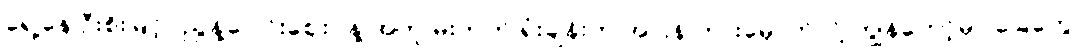
ရှေ့နေ ဦးစိုးမြင့် (ညွန့်ပေါင်းဈေး) နဲ့ အတူ မိုးကုတ် ရုံးချိန်းက အပြန် ကားမှောက်လို့ ကျွန်တော့်မှာ ခြေတွေ